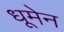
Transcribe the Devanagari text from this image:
धूमेन